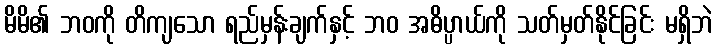
မိမိ၏ ဘဝကို တိကျသော ရည်မှန်းချက်နှင့် ဘဝ အဓိပ္ပာယ်ကို သတ်မှတ်နိုင်ခြင်း မရှိဘဲ